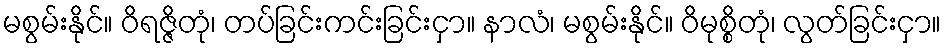
မစွမ်းနိုင်။ ဝိရဇ္ဇိတုံ၊ တပ်ခြင်းကင်းခြင်းငှာ။ နာလံ၊ မစွမ်းနိုင်။ ဝိမုစ္စိတုံ၊ လွတ်ခြင်းငှာ။